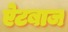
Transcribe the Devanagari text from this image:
ऐटबाज